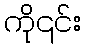
ကို၎င်း